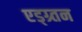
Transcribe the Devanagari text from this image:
एड्ग्र्तन